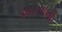
અકળાતી